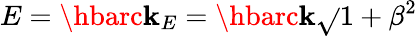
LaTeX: E=\hbarc\mathbf{k}_{E}=\hbarc\mathbf{k}\sqrt{}{{1+\beta^{2}}}